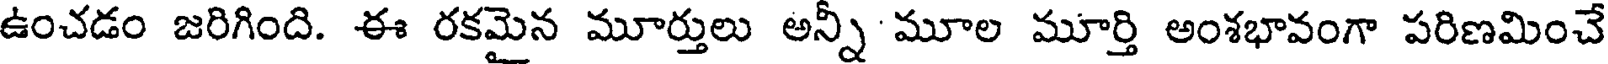
ఉంచడం జరిగింది. ఈ రకమైన మూర్తులు అన్ని మూల మూర్తి అంశభావంగా పరిణమించే